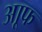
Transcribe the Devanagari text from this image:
आूफ